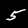
Label: 5